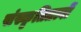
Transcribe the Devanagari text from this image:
संस्कृतितत्वों